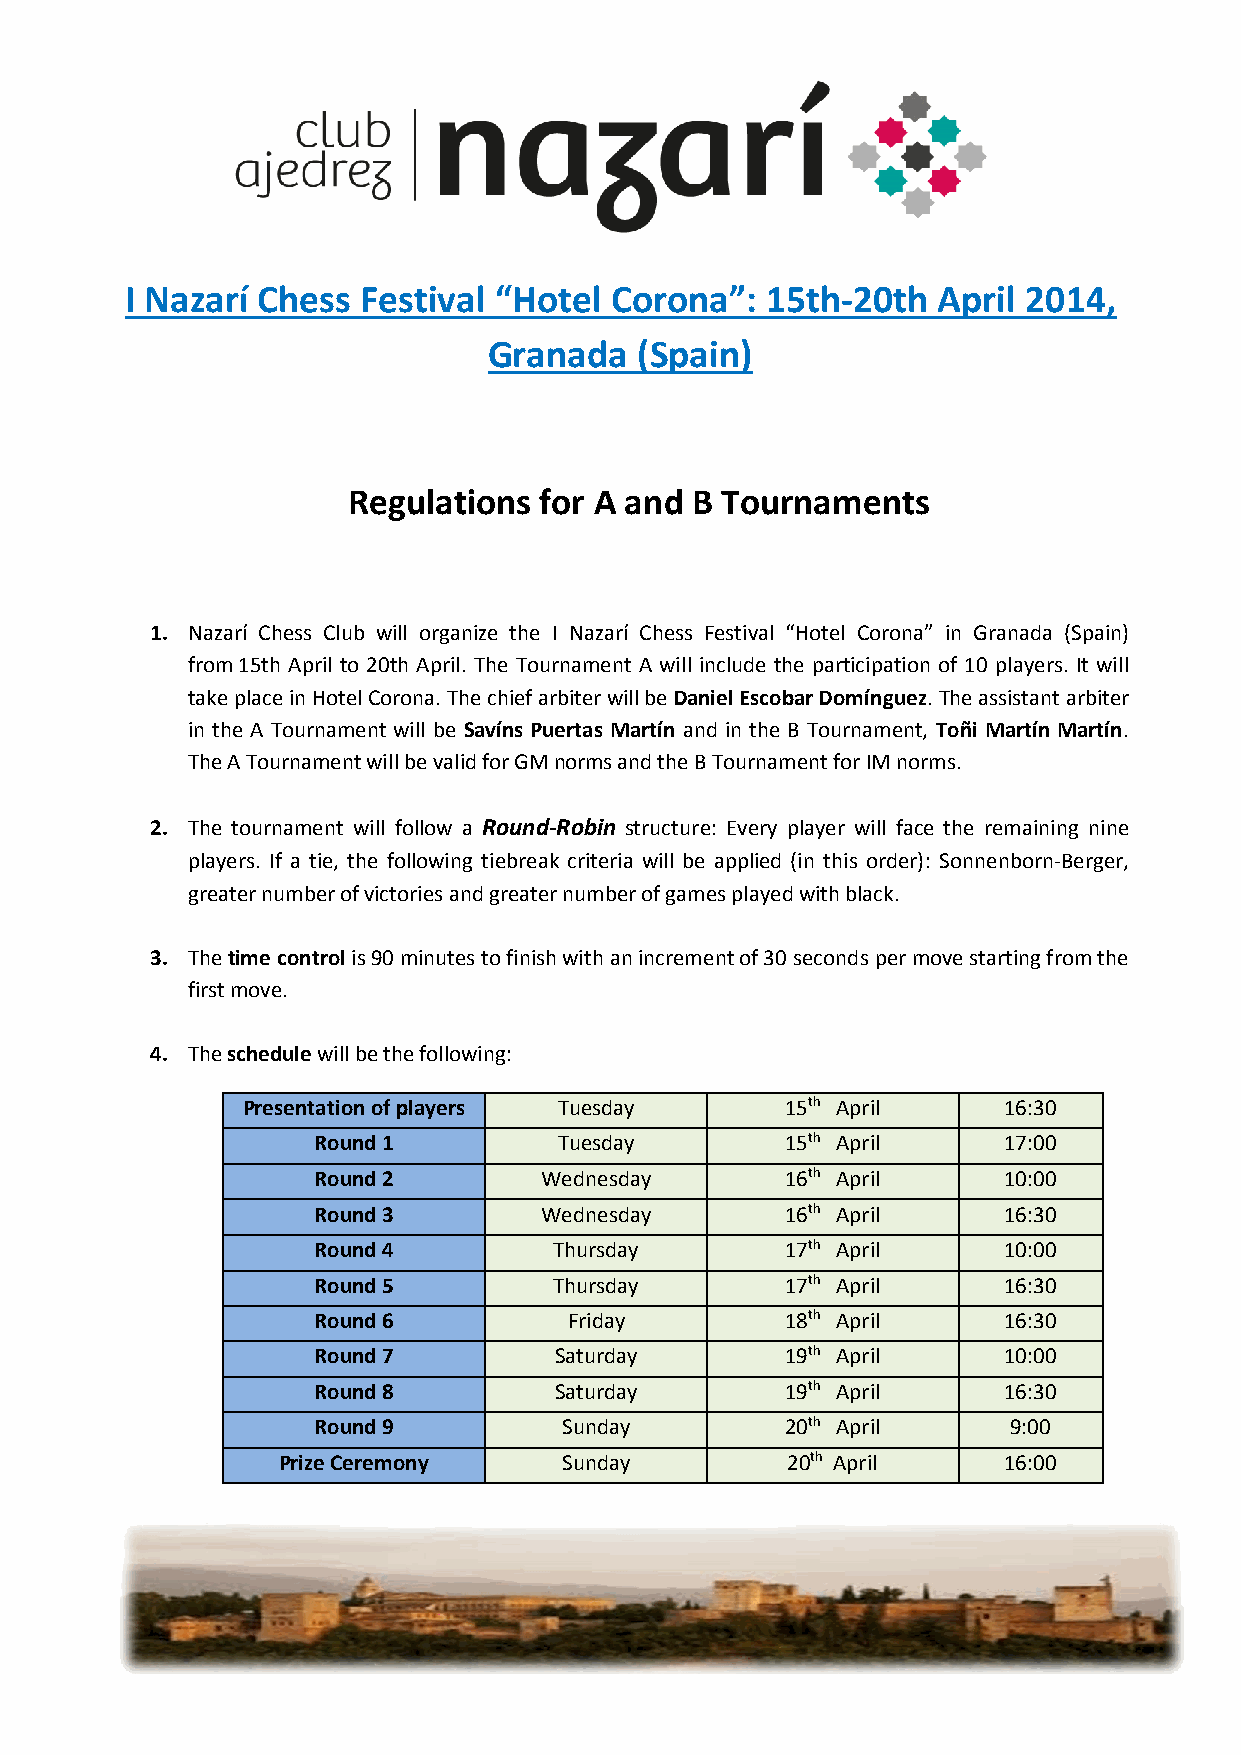
I Nazarí Chess  Festival “Hotel Corona”:   15th-20th  April 2014,
 Granada   (Spain)
 Regulations  for A and B Tournaments
 1. Nazarí Chess Club will organize the I Nazarí Chess Festival “Hotel Corona” in Granada (Spain)
 from 15th April to 20th April. The Tournament A will include the participation of 10 players. It will
 take place in Hotel Corona. The chief arbiter will be Daniel Escobar Domínguez. The assistant arbiter
 in the A Tournament will be Savíns Puertas Martín and in the B Tournament, Toñi Martín Martín.
 The A Tournament will be valid for GM norms and the B Tournament for IM norms.
 2. The tournament will follow a Round-Robin structure: Every player will face the remaining nine
 players. If a tie, the following tiebreak criteria will be applied (in this order): Sonnenborn-Berger,
 greater number of victories and greater number of games played with black.
 3. The time control is 90 minutes to finish with an increment of 30 seconds per move starting from the
 first move.
 4. The schedule will be the following:
 Presentation of players Tuesday     15th April    16:30
 Round 1         Tuesday        15th April    17:00
 Round 2        Wednesday       16th April    10:00
 Round 3        Wednesday       16th April    16:30
 Round 4         Thursday       17th April    10:00
 Round 5         Thursday       17th April    16:30
 Round 6          Friday        18th April    16:30
 Round 7         Saturday       19th April    10:00
 Round 8         Saturday       19th April    16:30
 Round 9         Sunday         20th April     9:00
 Prize Ceremony     Sunday         20th April    16:00